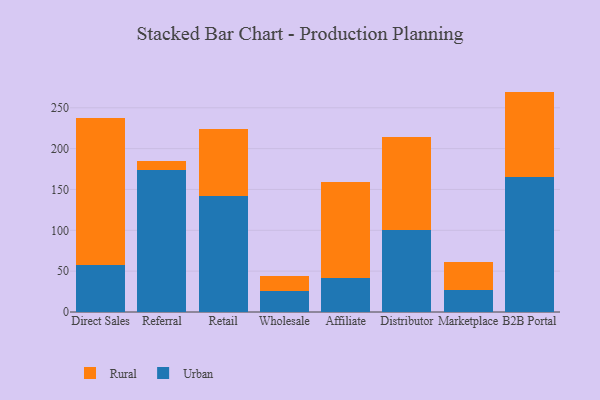
{"axis": {"x": "Channel", "y": "Budget (USD K)"}, "legend": ["Rural", "Urban"], "data": [{"x": "Direct Sales", "y": 58.1, "type": "Urban"}, {"x": "Direct Sales", "y": 179.9, "type": "Rural"}, {"x": "Referral", "y": 173.3, "type": "Urban"}, {"x": "Referral", "y": 11.7, "type": "Rural"}, {"x": "Retail", "y": 141.8, "type": "Urban"}, {"x": "Retail", "y": 82.3, "type": "Rural"}, {"x": "Wholesale", "y": 25.2, "type": "Urban"}, {"x": "Wholesale", "y": 19.4, "type": "Rural"}, {"x": "Affiliate", "y": 41.2, "type": "Urban"}, {"x": "Affiliate", "y": 117.9, "type": "Rural"}, {"x": "Distributor", "y": 100.2, "type": "Urban"}, {"x": "Distributor", "y": 114.5, "type": "Rural"}, {"x": "Marketplace", "y": 27.2, "type": "Urban"}, {"x": "Marketplace", "y": 33.8, "type": "Rural"}, {"x": "B2B Portal", "y": 165.8, "type": "Urban"}, {"x": "B2B Portal", "y": 104.0, "type": "Rural"}]}